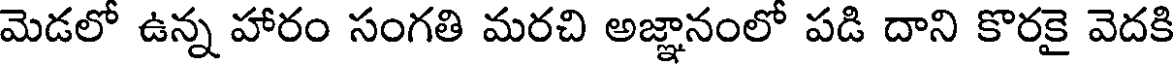
మెడలో ఉన్న హారం సంగతి మరచి అజ్ఞానంలో పడి దాని కొరకై వెదకి